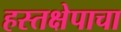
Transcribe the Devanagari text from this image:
हस्तक्षेपाचा